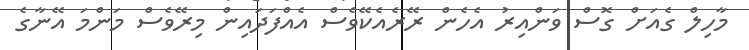
މާހިލް ގެއަށް ގޮސް ވަންއިރު އެހެން ރޭރެއެކޭވެސް އެއްފަދައިން މިރޭވެސް މަންމަ އޭނާގެ